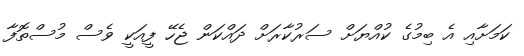
ކަމަށާއި އެ ބިމުގެ ކުއްޔަށް ސަރުކާރަށް ދައްކަން ޖެހޭ ފީއަކީ ވެސް މުސްތޮފާ